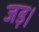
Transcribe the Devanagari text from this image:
जड़।